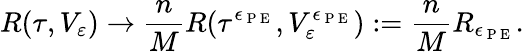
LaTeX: R(\tau,V_{\varepsilon})\rightarrow\frac{n}{M}R(\tau^{\epsilon_{\mathrm{~P~E~}}},V_{\varepsilon}^{\epsilon_{\mathrm{~P~E~}}}):=\frac{n}{M}R_{\epsilon_{\mathrm{~P~E~}}}.